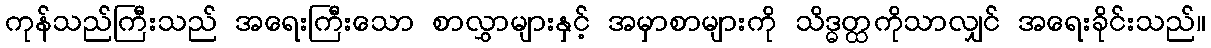
ကုန်သည်ကြီးသည် အရေးကြီးသော စာလွှာများနှင့် အမှာစာများကို သိဒ္ဓတ္ထကိုသာလျှင် အရေးခိုင်းသည်။